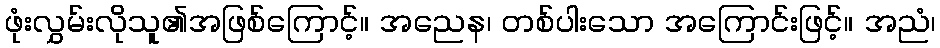
ဖုံးလွှမ်းလိုသူ၏အဖြစ်ကြောင့်။ အညေန၊ တစ်ပါးသော အကြောင်းဖြင့်။ အညံ၊